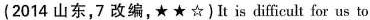
(2014 山东,7改编,★★☆)It is difficult for us to